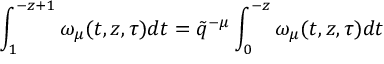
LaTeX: \int _ { 1 } ^ { - z + 1 } \omega _ { \mu } ( t , z , \tau ) d t = \tilde { q } ^ { - \mu } \int _ { 0 } ^ { - z } \omega _ { \mu } ( t , z , \tau ) d t